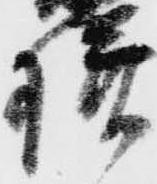
様